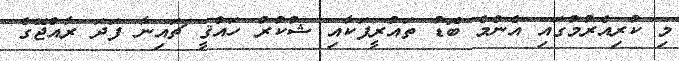
މި ކުރިއެރުމުގައި އެންމެ ބޮޑު ތައުރީފަކާއި ޝުކުރު ހައްޤީ ޗައިނާ ފަދަ ރާއްޖޭގެ